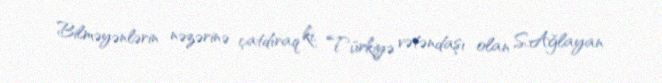
Bilməyənlərin nəzərinə çatdıraq ki, Türkiyə vətəndaşı olan S.Ağlayan